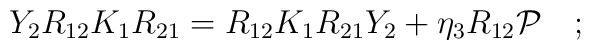
Y_{2} R_{12} K_{1} R_{21} = R_{12} K_{1} R_{21} Y_{2} + \eta_{3}R_{12}{\cal P}\quad; \\